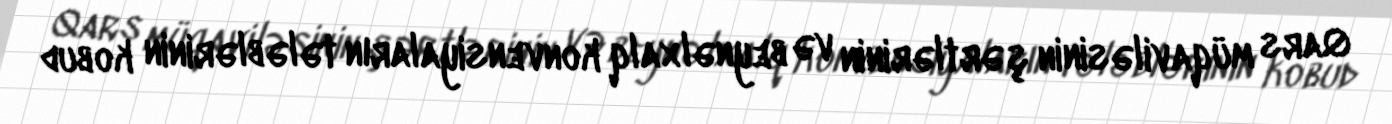
Qars müqaviləsinin şərtlərinin və beynəlxalq konvensiyaların tələblərinin kobud